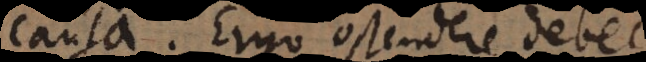
causa. Ergo ostendere debet